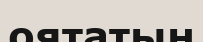
оятатын